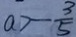
a > - \frac { 3 } { 5 }